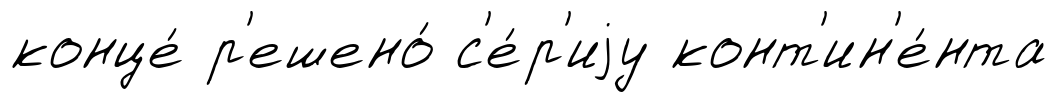
конце́ р'ешено́ с'е́р'иjу конт'ин'е́нта